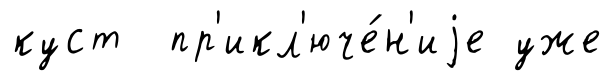
куст пр'икл'юче́н'иjе уже